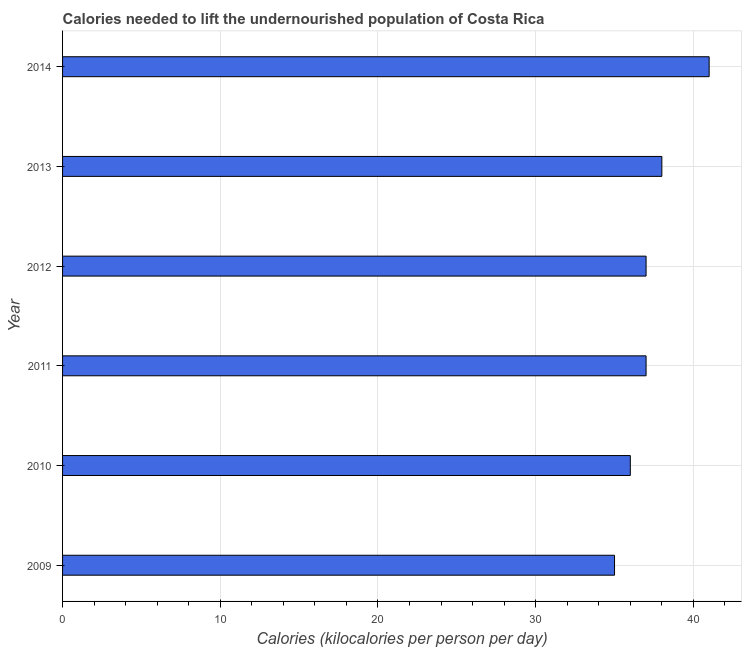
| Year | Depth of the food deficit |
 | --- | --- |
 | 2009 | 35 |
 | 2010 | 36 |
 | 2011 | 37 |
 | 2012 | 37 |
 | 2013 | 38 |
 | 2014 | 41 |